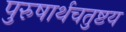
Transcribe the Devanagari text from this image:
पुरुषार्थचतुष्टय